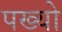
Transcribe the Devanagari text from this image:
पख्‍यो